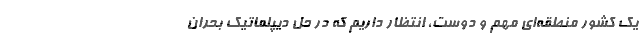
یک کشور منطقه‌ای مهم و دوست، انتظار داریم که در حل دیپلماتیک بحران